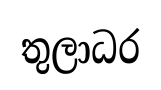
තුලාධර